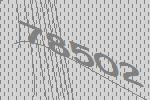
78502